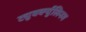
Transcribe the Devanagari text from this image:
ट्युबर्क्युलिनम